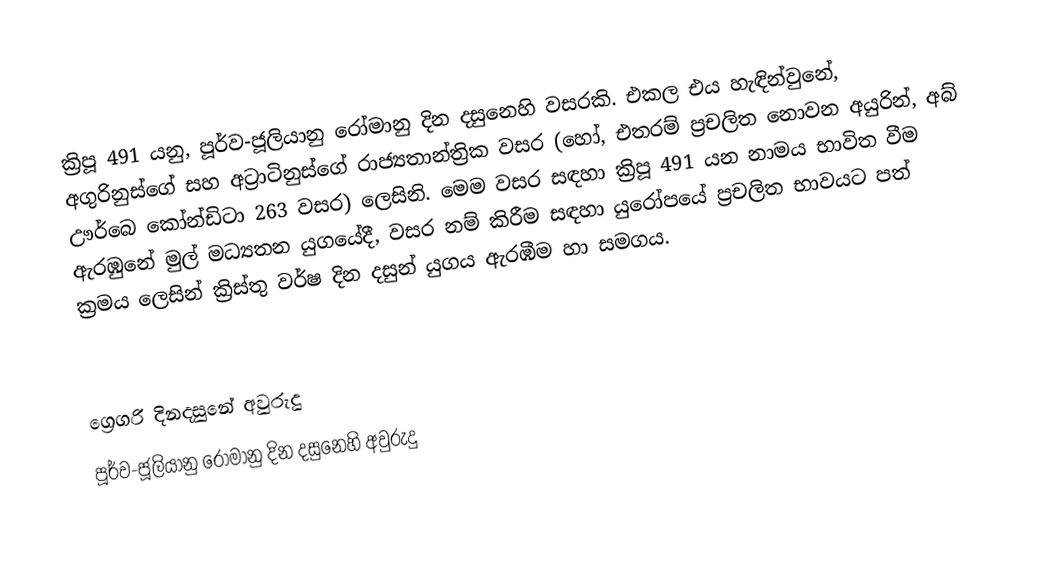

ක්‍රිපූ 491 යනු, පූර්ව-ජූලියානු රෝමානු දින දසුනෙහි වසරකි. එකල එය හැඳින්වුනේ, අගුරිනුස්ගේ සහ අට්‍රාටිනුස්ගේ රාජ්‍යතාන්ත්‍රික වසර (හෝ, එතරම් ප්‍රචලිත නොවන අයුරින්, අබ් ඌර්බෙ කෝන්ඩිටා 263 වසර) ලෙසිනි. මෙම වසර සඳහා ක්‍රිපූ 491 යන නාමය භාවිත වීම ඇරඹුනේ මුල්  මධ්‍යතන යුගයේදී, වසර නම් කිරීම සඳහා යුරෝපයේ ප්‍රචලිත භාවයට පත් ක්‍රමය ලෙසින් ක්‍රිස්තු වර්ෂ දින දසුන් යුගය ඇරඹීම හා සමගය.

ග්‍රෙගරි දිනදසුනේ අවුරුදු
පූර්ව-ජූලියානු රෝමානු දින දසුනෙහි අවුරුදු